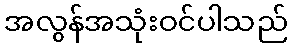
အလွန်အသုံးဝင်ပါသည်